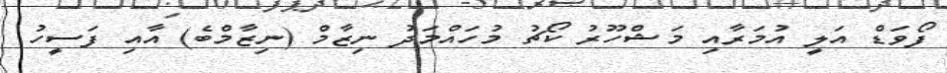
ފޯވަޑް އަލީ އުމަރާއި މަޝްހޫރު ކޯޗު މުހައްމަދު ނިޒާމް (ނިޒާމްބެ) އާއި ފަސީހު